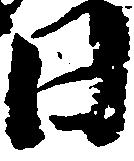
日